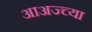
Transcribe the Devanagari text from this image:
आअज्च्या